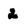
Character: 2